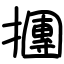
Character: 㩛